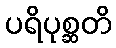
ပရိပုစ္ဆတိ